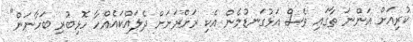
ކުރިއަށް އަންނަ ތާގައި ވެސް އަޅުގަނޑުމެން އެކި ރަށްރަށަށް ދެލައްކައެއްހާ ހޮޅިބުރި ބަހާނަން"